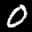
Label: 0